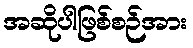
အဆိုပါဖြစ်စဉ်အား